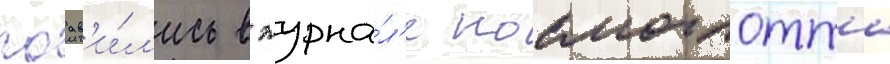
поав'и́л'ись в журна́л'е космоглотта